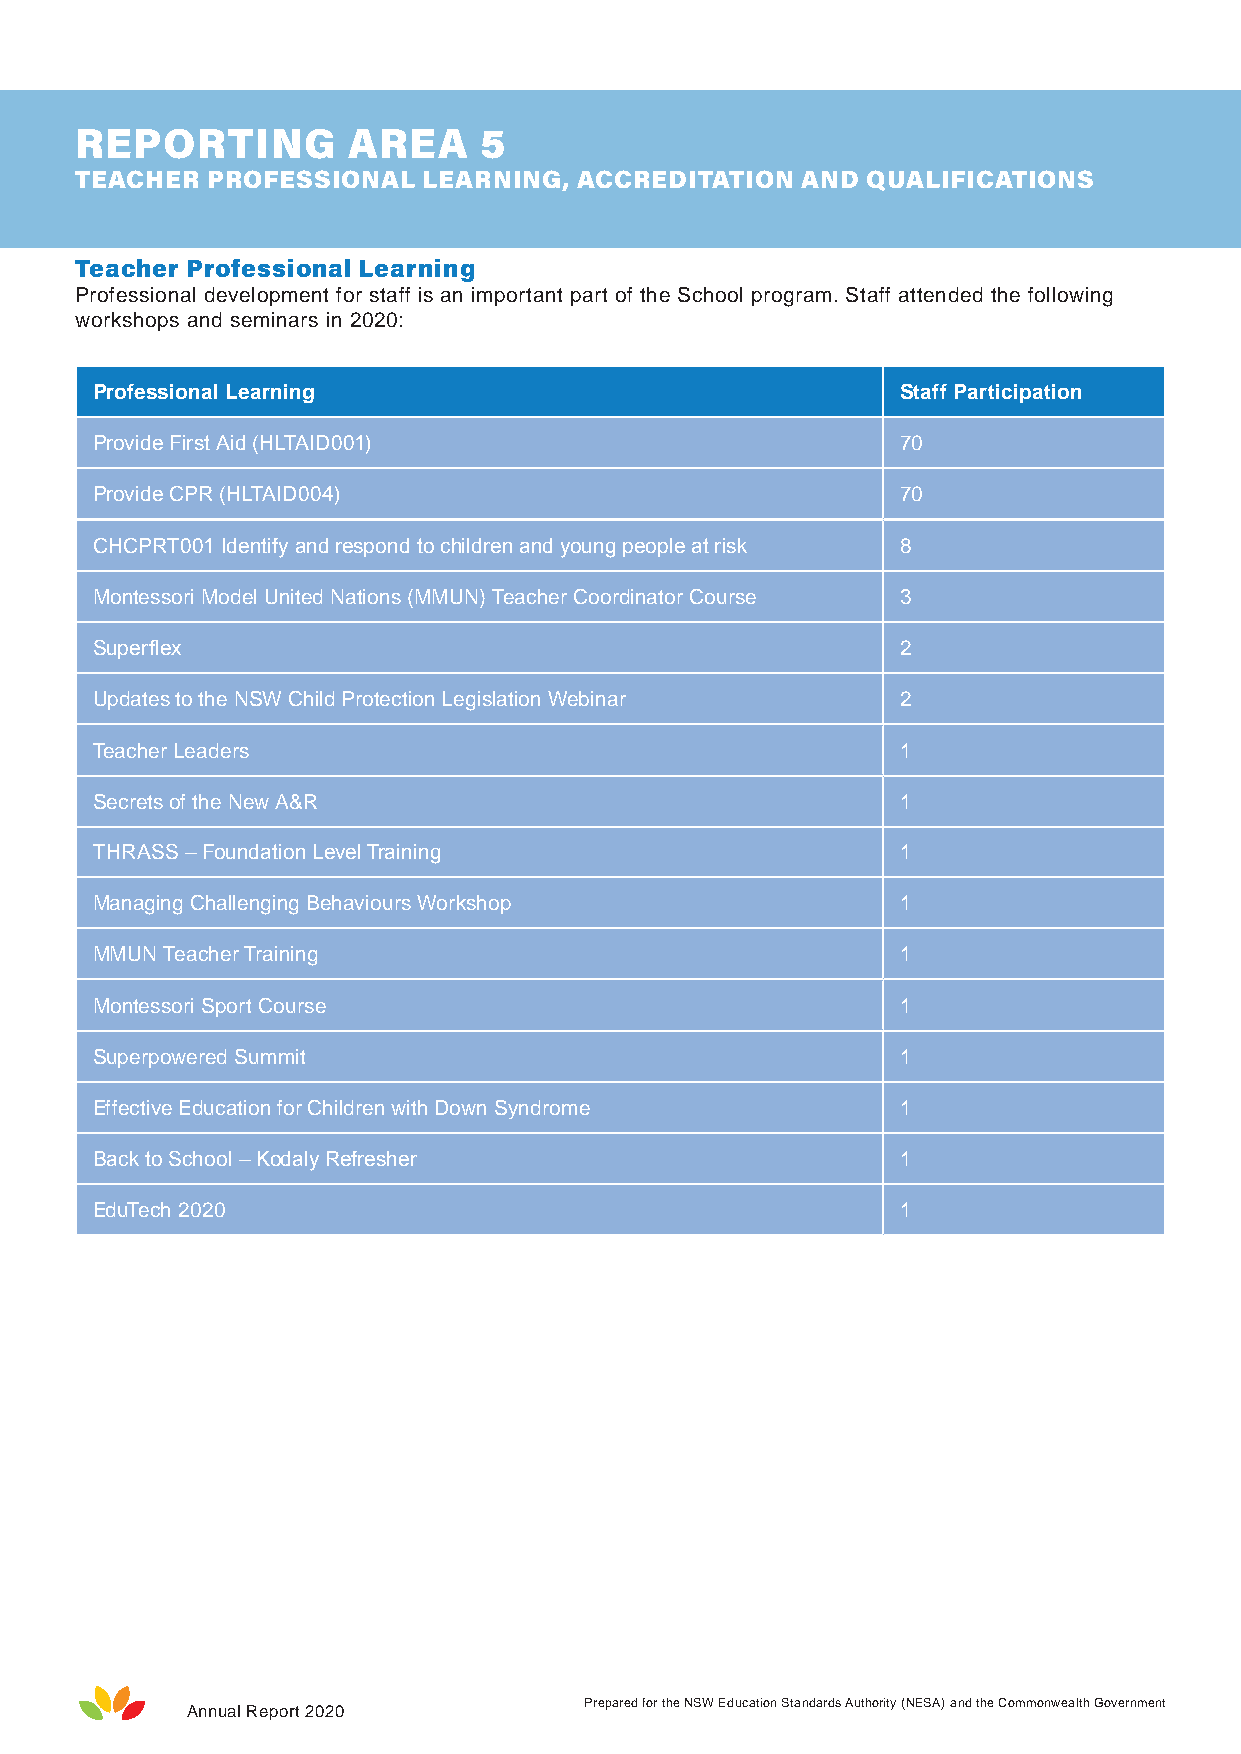
REPORTING         AREA     5
 TEACHER  PROFESSIONAL  LEARNING, ACCREDITATION  AND QUALIFICATIONS
 Teacher Professional Learning
 Professional development for staff is an important part of the School program. Staff attended the following
 workshops and seminars in 2020:
 Professional Learning                                 Staff Participation
 Provide First Aid (HLTAID001)                         70
 Provide CPR (HLTAID004)                               70
 CHCPRT001 Identify and respond to children and young people at risk 8
 Montessori Model United Nations (MMUN) Teacher Coordinator Course 3
 Superflex                                             2
 Updates to the NSW Child Protection Legislation Webinar 2
 Teacher Leaders                                       1
 Secrets of the New A&R                                1
 THRASS – Foundation Level Training                    1
 Managing Challenging Behaviours Workshop              1
 MMUN Teacher Training                                 1
 Montessori Sport Course                               1
 Superpowered Summit                                   1
 Effective Education for Children with Down Syndrome   1
 Back to School – Kodaly Refresher                     1
 EduTech 2020                                          1
 Prepared for the NSW Education Standards Authority (NESA) and the Commonwealth Government
 Annual Report 2020